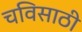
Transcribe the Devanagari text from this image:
चविसाठी